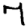
Digit: 7